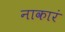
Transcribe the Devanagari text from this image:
नाकारं